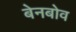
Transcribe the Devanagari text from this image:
बेनबोव